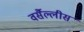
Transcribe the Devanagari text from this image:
वर्सैल्लीस